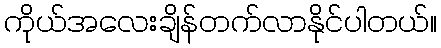
ကိုယ်အလေးချိန်တက်လာနိုင်ပါတယ်။